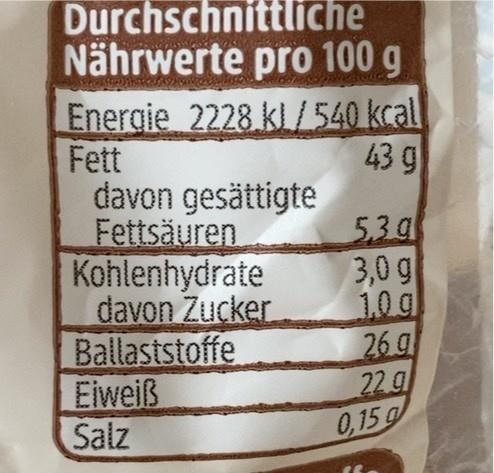
Durchschnittliche
Nährwerte pro 100 g Energie 2228 kl /540 kcal Fett davon gesättigte Fettsäuren Kohlenhydrate davon Zucker Ballaststoffe Eiweiß Salz
43 g
5.3a 3,0 g 10g 26 g 22 g 0,15 a